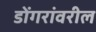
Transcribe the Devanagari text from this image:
डोंगरांवरील